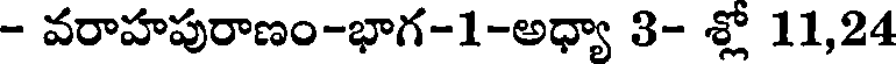
- వరాహపురాణం-భాగ-1-అధ్యా 3- శ్లో 11,24